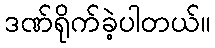
ဒဏ်ရိုက်ခဲ့ပါတယ်။